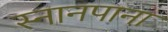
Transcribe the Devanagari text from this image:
स्नानपाना